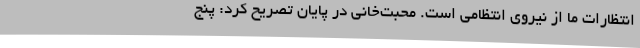
انتظارات ما از نیروی انتظامی است. محبت‌خانی در پایان تصریح کرد: پنج